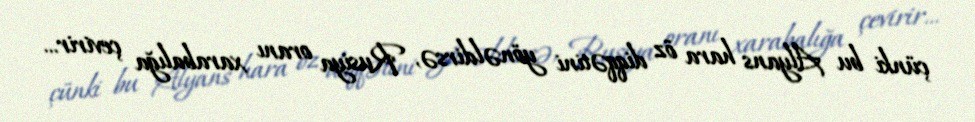
çünki bu Alyans hara öz diqqətini yönəldirsə, Rusiya oranı xarabalığa çevirir...